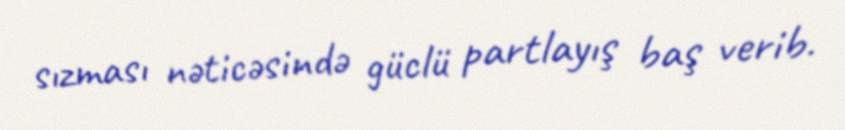
sızması nəticəsində güclü partlayış baş verib.